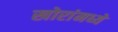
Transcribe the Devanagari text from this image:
खोरांमध्ये